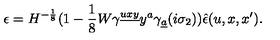
\epsilon = H ^ { - { \frac { 1 } { 8 } } } ( 1 - { \frac { 1 } { 8 } } W \gamma ^ { \underline { { u x y } } } y ^ { a } \gamma _ { \underline { { a } } } ( i \sigma _ { 2 } ) ) \hat { \epsilon } ( u , x , x ^ { \prime } ) .